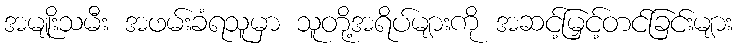
အမျုးိသမီး အဖမ်းခံရသူမှာ သူတို့အရိပ်များကို အဆင့်မြှင့်တင်ခြင်းများ